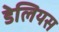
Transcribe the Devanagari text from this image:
डेलियस